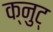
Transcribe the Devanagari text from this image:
क्नुट्